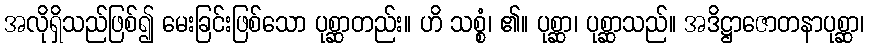
အလိုရှိသည်ဖြစ်၍ မေးခြင်းဖြစ်သော ပုစ္ဆာတည်း။ ဟိ သစ္စံ၊ ၏။ ပုစ္ဆာ၊ ပုစ္ဆာသည်။ အဒိဋ္ဌာဇောတနာပုစ္ဆာ၊